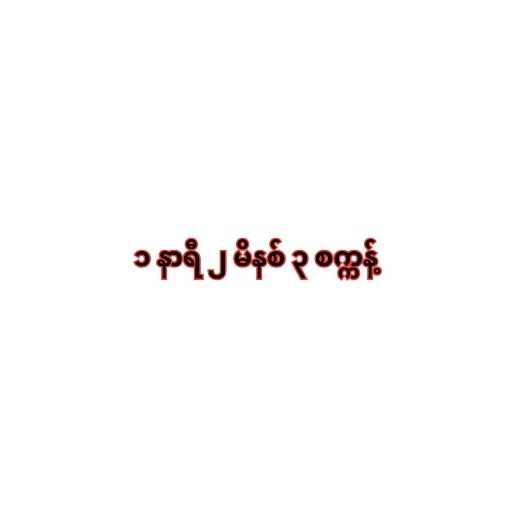
၁ နာရီ ၂ မိနစ် ၃ စက္ကန့်